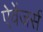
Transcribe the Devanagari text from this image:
ऐवेंजर्स